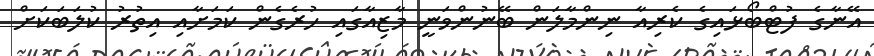
އޭނާގެ ފުޓްބޯޅައިގެ ކެރިއާ ނިންމާލަން ބޭނުންވަނީ މާޒިއާގައި ހުރެގެން ކަމަށާއި އިތުރު ކުލަބަކަށް